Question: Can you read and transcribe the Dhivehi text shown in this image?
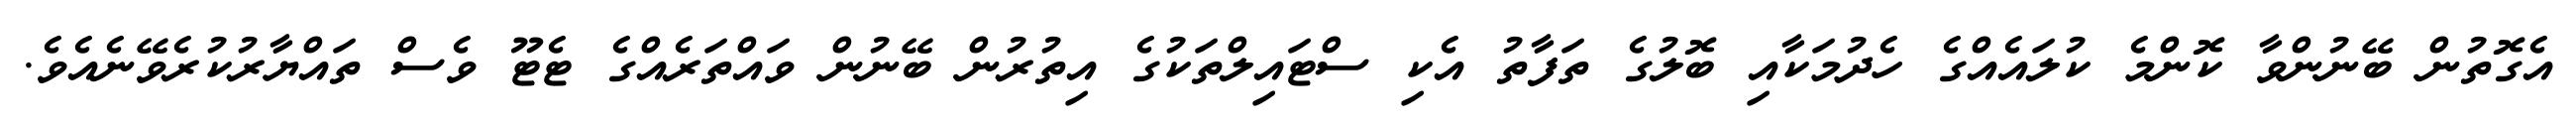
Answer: އެގޮތުން ބޭނުންވާ ކޮންމެ ކުލައެއްގެ ހެދުމަކާއި ބޮލުގެ ތަފާތު އެކި ސްޓައިލްތަކުގެ އިތުރުން ބޭނުން ވައްތަރެއްގެ ޓެޓޫ ވެސް ތައްޔާރުކުރެވޭނެއެވެ.